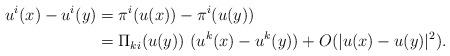
LaTeX: \begin{align*} u^i(x) - u^i(y) &= \pi^i(u(x))-\pi^i(u(y)) \\ &= \Pi_{ki}(u(y))\ (u^k(x)-u^k(y)) + O(|u(x)-u(y)|^2). \end{align*}